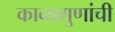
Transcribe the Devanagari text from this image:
काव्यगुणांची